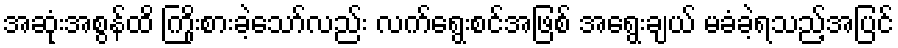
အဆုံးအစွန်ထိ ကြိုးစားခဲ့သော်လည်း လက်ရွေးစင်အဖြစ် အရွေးချယ် မခံခဲ့ရသည့်အပြင်